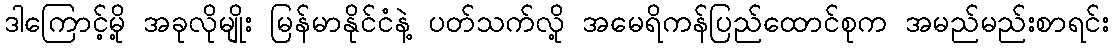
ဒါကြောင့်မို့ အခုလိုမျိုး မြန်မာနိုင်ငံနဲ့ ပတ်သက်လို့ အမေရိကန်ပြည်ထောင်စုက အမည်မည်းစာရင်း